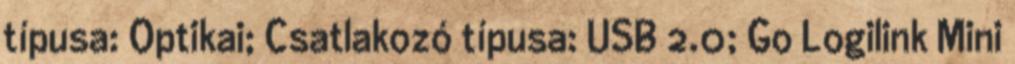
típusa: Optikai; Csatlakozó típusa: USB 2.0; Go Logilink Mini